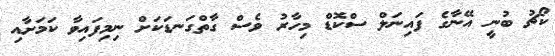
ކޯޗު ބުނީ އޭނާގެ ފައިނަލް ސްކޮޑް މިހާރު ވެސް ގާތްގަނޑަކަށް ނިމިފައިވާ ކަމަށާއި